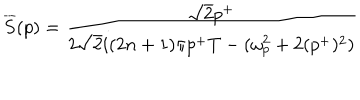
LaTeX: \overline { { { S } } } ( p ) = \frac { \sqrt { 2 } p ^ { + } } { 2 \sqrt { 2 } i ( 2 n + 1 ) \pi p ^ { + } T - ( \omega _ { p } ^ { 2 } + 2 ( p ^ { + } ) ^ { 2 } ) }